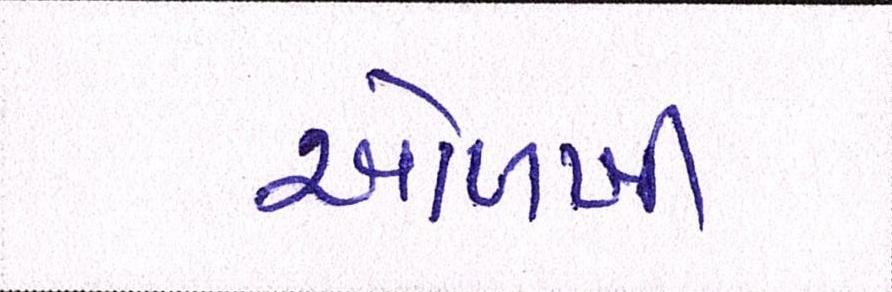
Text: ઓળખી